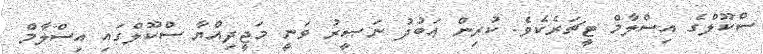
ސްކޫލްގެ އިސްލާމް ޓީޗަރެކެވެ. ކުރިން ޢަބުދު ނަޞީރު ވަނީ މަޖީދިއްޔާ ސްކޫލްގައި އިސްލާމް